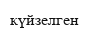
күйзелген